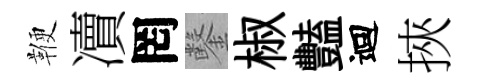
鞭凟罔鑿椒豔迴挾